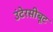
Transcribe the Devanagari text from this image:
उंटेरसीबूट